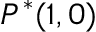
P ^ { * } ( 1 , 0 )